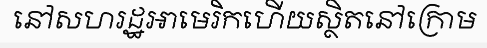
នៅសហរដ្ឋអាមេរិកហើយស្ថិតនៅក្រោម